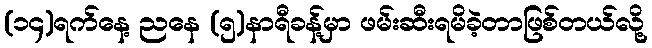
(၁၄)ရက်နေ့ ညနေ (၅)နာရီခန့်မှာ ဖမ်းဆီးရမိခဲ့တာဖြစ်တယ်လို့